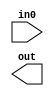
module BYTE_NOT(
     input wire [7:0] in0,
     output wire [7:0] out
);

endmodule